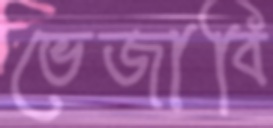
ভেজাবি